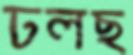
ঢলছ